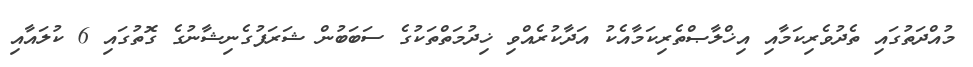
މުއްދަތުގައި ތެދުވެރިކަމާއި އިޚްލާޞްތެރިކަމާއެކު އަދާކުރެއްވި ޚިދުމަތްތަކުގެ ސަބަބުން ޝަރަފުގެނިޝާނުގެ ގޮތުގައި 6 ކުލައާއި